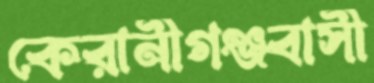
কেরানীগঞ্জবাসী